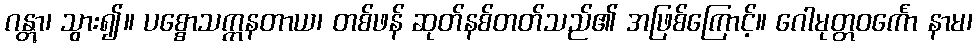
ဂန္တွာ၊ သွား၍။ ပစ္စောသက္ကနတာယ၊ တစ်ဖန် ဆုတ်နစ်တတ်သည်၏ အဖြစ်ကြောင့်။ ဂေါမုတ္တဝင်္ကော နာမ၊